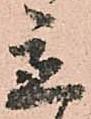
立